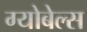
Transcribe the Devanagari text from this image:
ग्योबेल्स